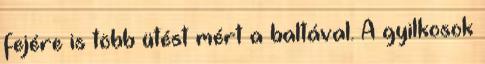
fejére is több ütést mért a baltával. A gyilkosok